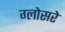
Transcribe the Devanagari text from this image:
ग्लोसरे